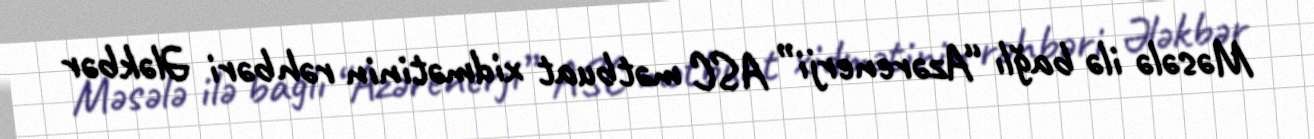
Məsələ ilə bağlı “Azərenerji” ASC mətbuat xidmətinin rəhbəri Ələkbər